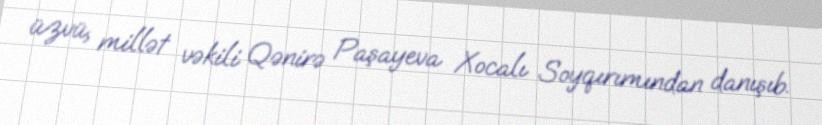
üzvü, millət vəkili Qənirə Paşayeva Xocalı Soyqırımından danışıb.